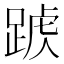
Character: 𨂑